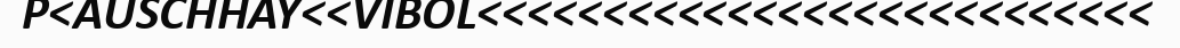
P<AUSCHHAY<<VIBOL<<<<<<<<<<<<<<<<<<<<<<<<<<<